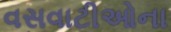
વસવાટીઓના